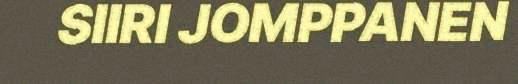
SIIRI JOMPPANEN